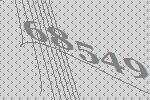
68549